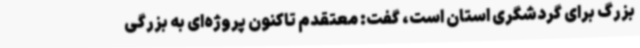
بزرگ برای گردشگری استان است، گفت: معتقدم تاکنون پروژه‌ای به بزرگی